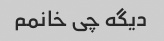
دیگه چی خانمم